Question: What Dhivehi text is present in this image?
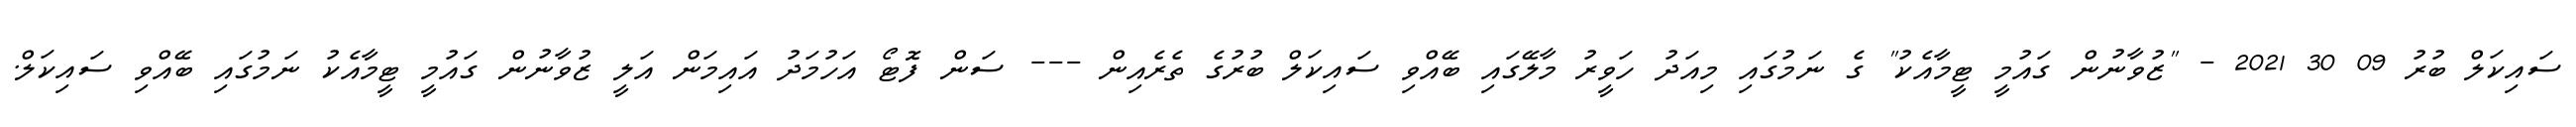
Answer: ސައިކަލް ބުރު 09 30 2021 - "ޒުވާނުން ގައުމީ ޓީމާއެކު" ގެ ނަމުގައި މިއަދު ހަވީރު މާލޭގައި ބޭއްވި ސައިކަލް ބުރުގެ ތެރެއިން --- ސަން ފޮޓޯ އަހުމަދު އައިމަން އަލީ ޒުވާނުން ގައުމީ ޓީމާއެކު ނަމުގައި ބޭއްވި ސައިކަލް.